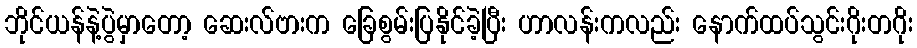
ဘိုင်ယန်နဲ့ပွဲမှာတော့ ဆေးလ်ဗားက ခြေစွမ်းပြနိုင်ခဲ့ပြီး ဟာလန်းကလည်း နောက်ထပ်သွင်းဂိုးတဂိုး